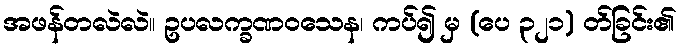
အဖန်တလဲလဲ။ ဥပလက္ခဏဝသေန၊ ကပ်၍ မှ (ပေ ၃၂၁) တ်ခြင်း၏